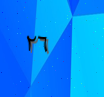
٢٦